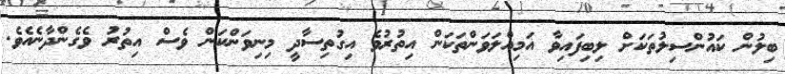
ބިލުން ކައުންސިލުތަކަށް ލިބިފައިވާ އަމިއްލަވަންތަކަން އިތުރުވެ އިގުތިސާދީ މިނިވަންކަން ވެސް އިތުރު ވެގެންދާނެއެވެ.